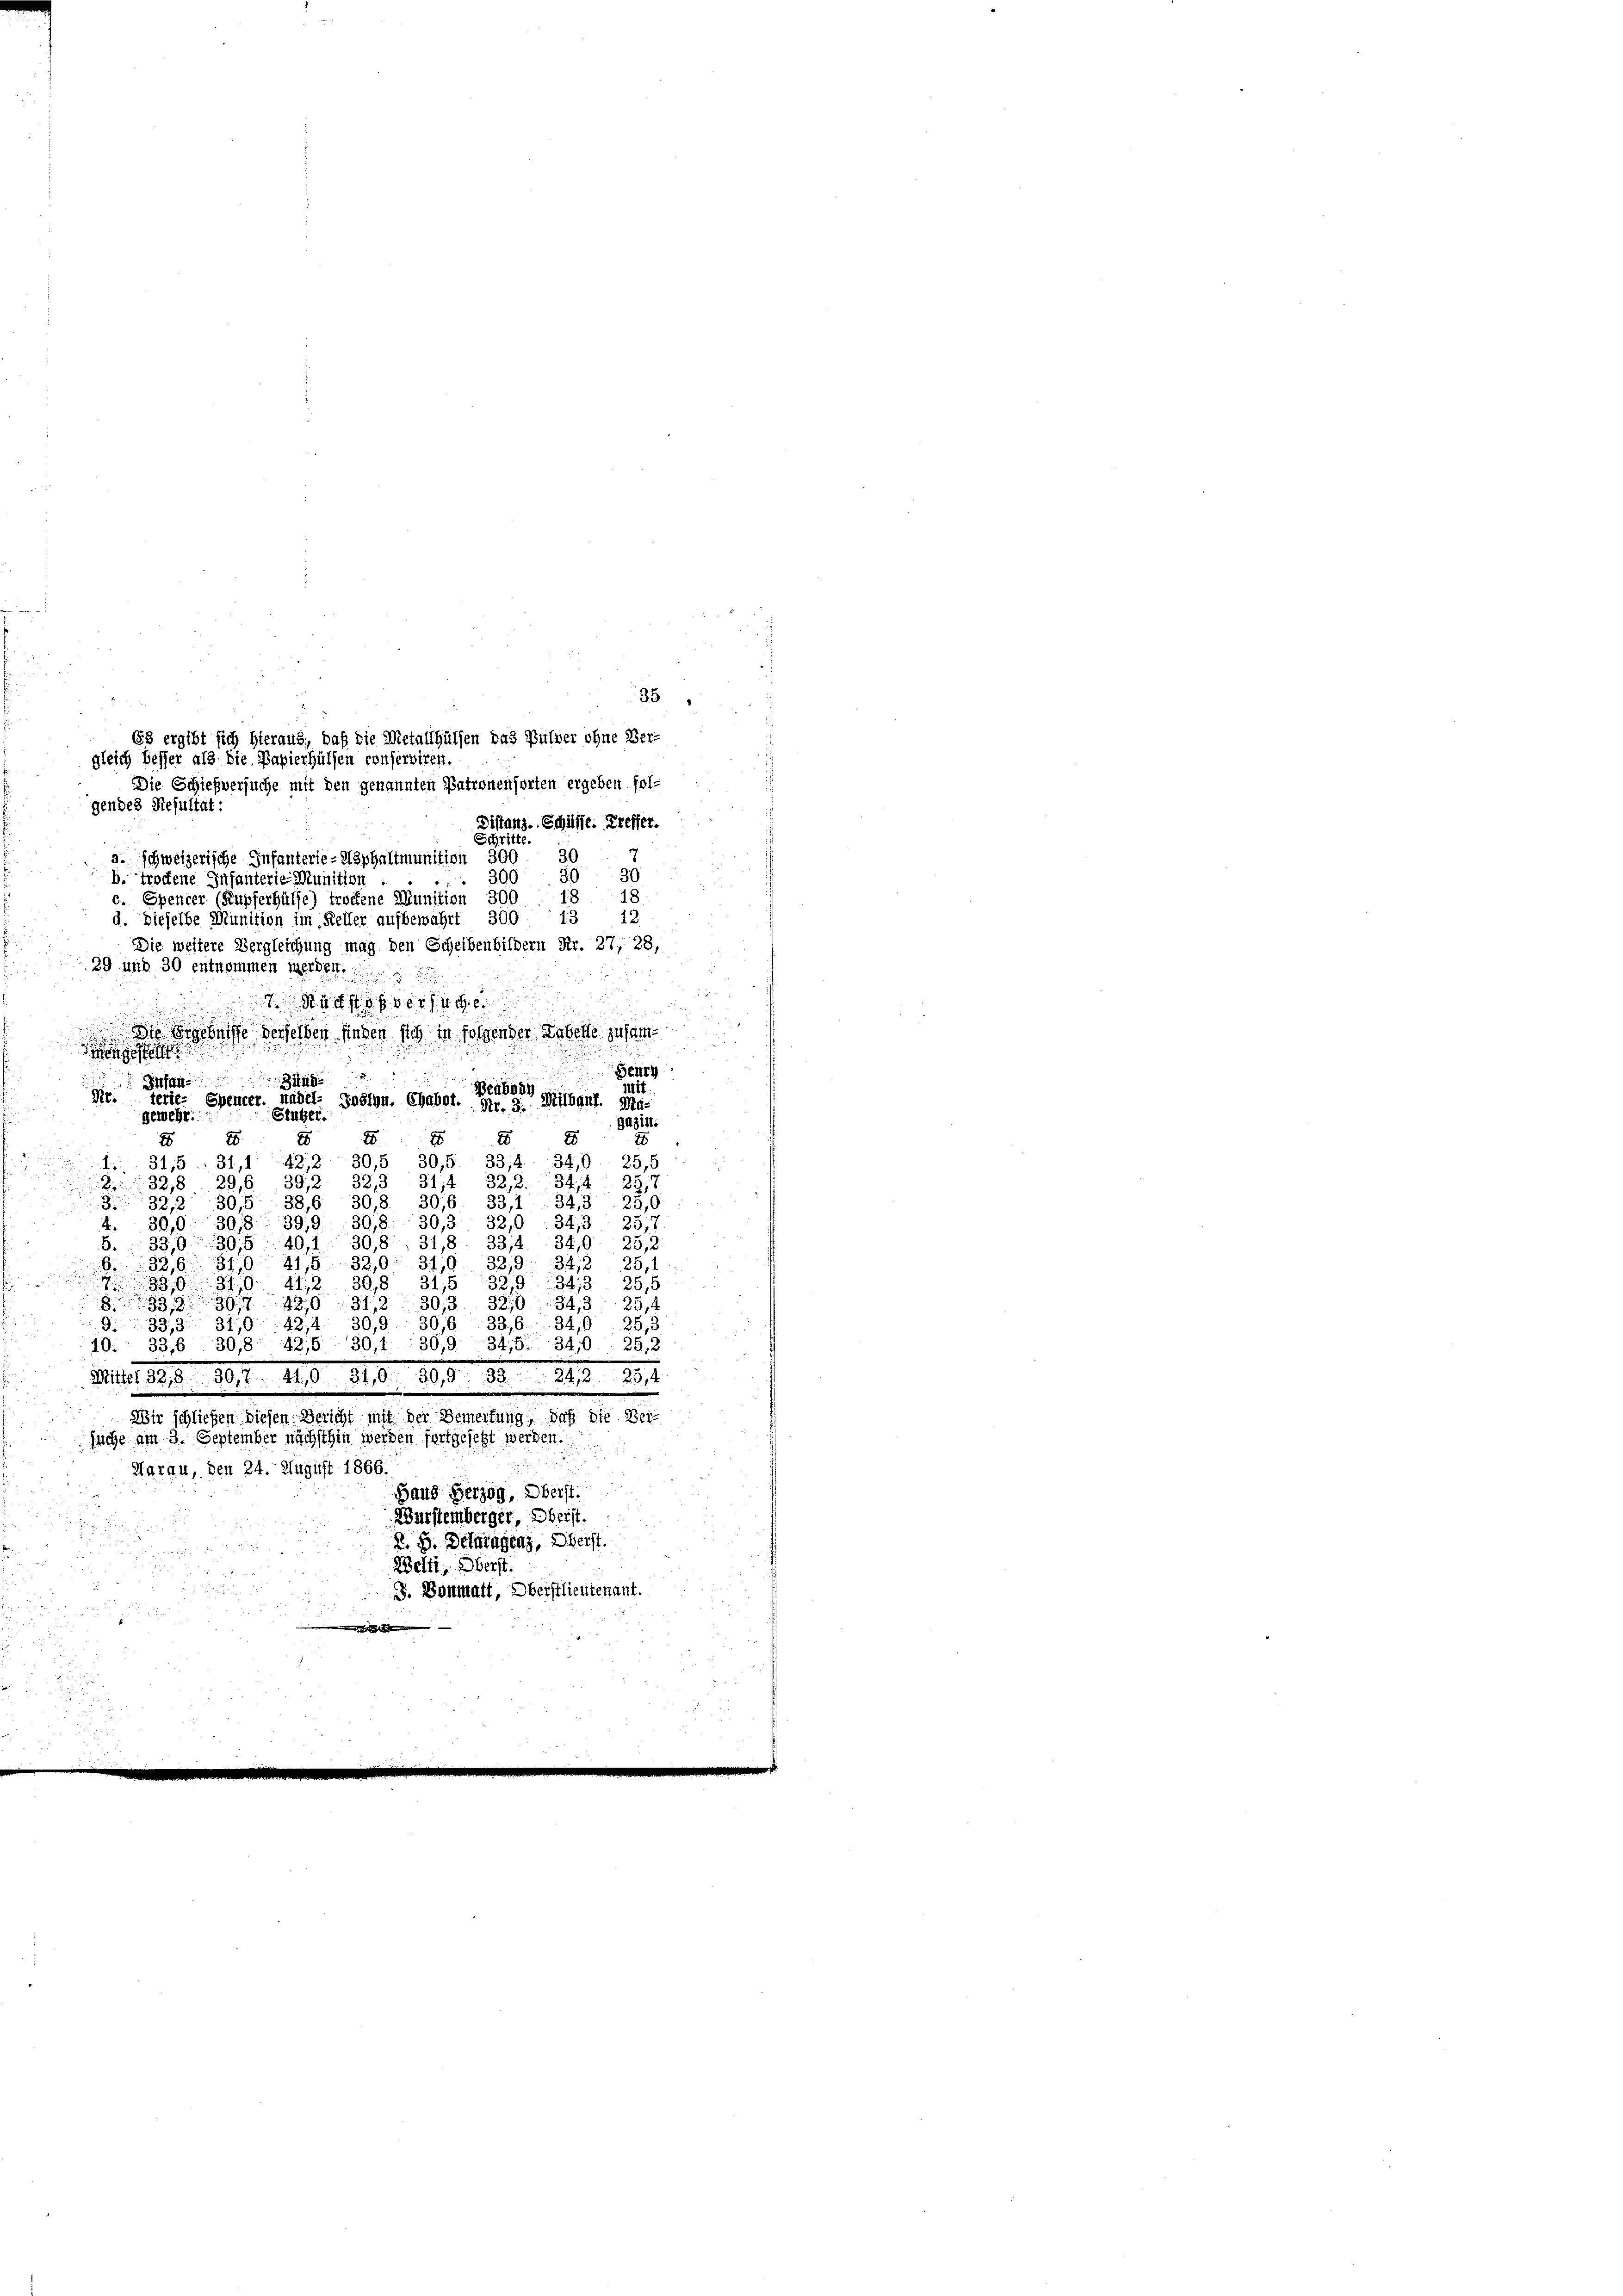
Schritte.
30
a. schweizerische Infanterie-Asphaltmunition 300
300 - 30. 30
b. trockene Infanterie Munition.
18
18
c. Spencer (Kupferhülfe) trockene Munition 300
13 12
300.
d. Dieselbe Munition im Keller aufbewahrt
Die weitere Vergleichung mag den Scheibenbildern Nr. 27, 28,
29 und 30 entnommen werden.
744 f 0 f 30 x 1440.

Die Ergebnisse derselben finden sich in folgender Labeste zusam¬

Henry
9
Infan
Mit.
Beabod
Kr. terie- Ehencer. habel- Goslyn. Chabot. Fr. 3. Mitbonf.
g¬
Stüber.
gewehr
Gazin.
E
E
2
E
2
2
x
28
1. 31,5 - 31,1 422 30,5 30,5 33,4 340. 25,5
2.32,8 29,6 392 32,3 31, 322. 34,4 28/1
30,8. 306 33,1  34,3. 25,0
3. 32,2 30,5 38,
4. 30,9 398. 399. 308 30,3 32,0 : 34,3 25,7
5. 33,030,5 40,1 30, 8
31,8. 33,4. 340. 25,2
310. 3219: 34,2 25,1
32,6 310. 415 32,0
390. 310. 412 30,8 31,5 329, 343. 25,5
838942031 x
30,3. 3270:34,3. 25,4
30,9 30,6 33,6. 34,0 25,3
933, 331,942,
42,5 30, 1. 30,9 34,5. 34,0 25,2
10. 336. 30,
Mittel 32, 8 307. 410. 310. 399. 33. 243. 26,4
Wir schließen diesen. Bericht mit der Bemerkung, daß die Beisache am 3. September nächsthin werden fortgesetzt werden.
Harau, den 24. August 1866.
Haus Herzog, Oberst
Wurstemberger, beist.
R. S. Betragenz, Oberst.
Welti, Oberst.

J. Bonmatt, Oberstlieutenant.

35
68 ergibt sich hieraus, daß die Metallhülfen das Pulver ohne Ver-
gleich Besser als die Papierhülfen conserviren.
Die Schießversuche mit den genannten Patronensorten ergeben fol-
gendes Resultat:
Distanz-Schille. Treffer.